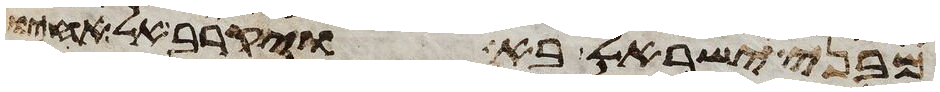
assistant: מבני ישראל בא ויקרב אל אחיו